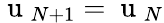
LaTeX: \mathrm{~u~}_{N+1}=\mathrm{~u~}_{N}